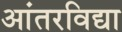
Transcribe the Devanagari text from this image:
आंतरविद्या